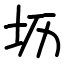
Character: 坜